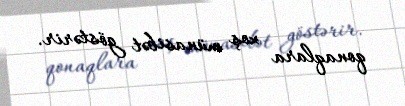
qonaqlara xoş münasibət göstərir.